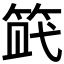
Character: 𥭿